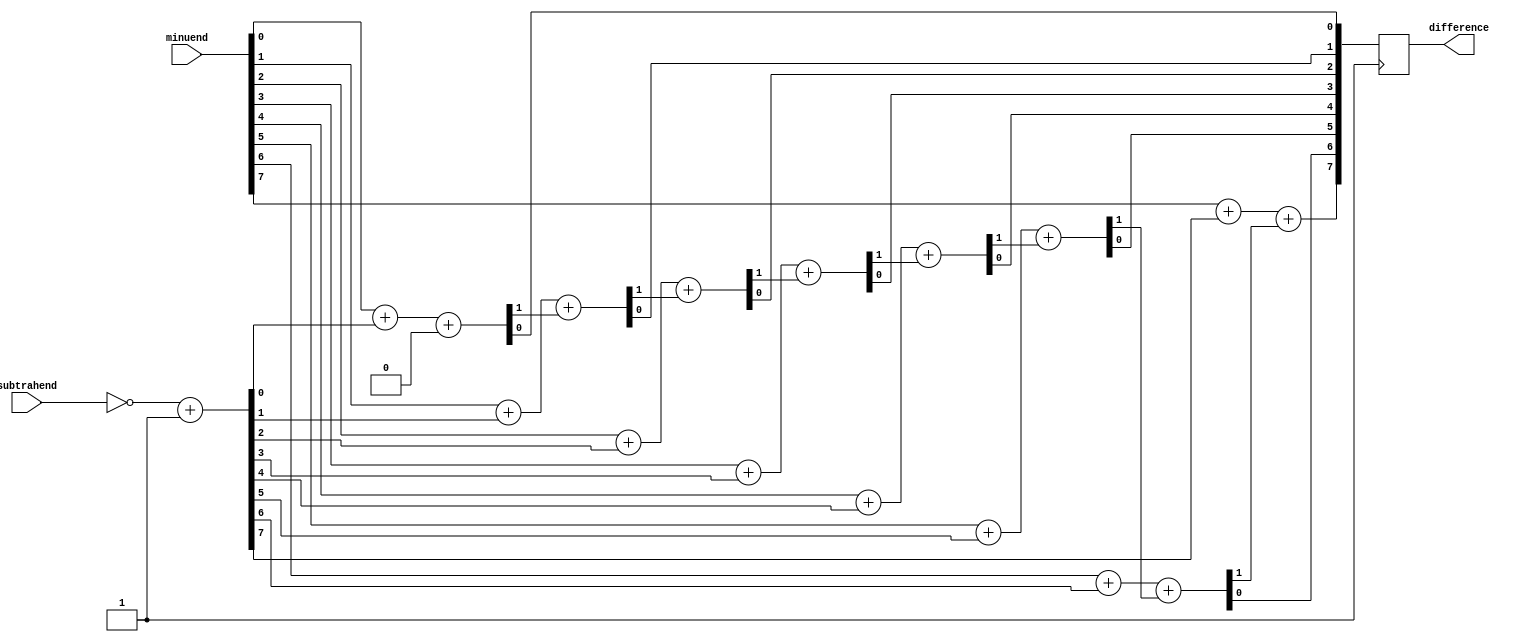
module subtractor (
    input [7:0] minuend,
    input [7:0] subtrahend,
    output reg [7:0] difference
);

reg [7:0] twos_complement_sub;
reg [7:0] carry;
reg [7:0] sum;

// Calculate two's complement of subtrahend
always @(*) begin
    twos_complement_sub = ~subtrahend + 8'b1;
end

// Ripple carry adder for subtraction
always @(posedge clk) begin
    carry[0] = 1'b0;
    {carry[1], sum[0]} = minuend[0] + twos_complement_sub[0] + carry[0];
    {carry[2], sum[1]} = minuend[1] + twos_complement_sub[1] + carry[1];
    {carry[3], sum[2]} = minuend[2] + twos_complement_sub[2] + carry[2];
    {carry[4], sum[3]} = minuend[3] + twos_complement_sub[3] + carry[3];
    {carry[5], sum[4]} = minuend[4] + twos_complement_sub[4] + carry[4];
    {carry[6], sum[5]} = minuend[5] + twos_complement_sub[5] + carry[5];
    {carry[7], sum[6]} = minuend[6] + twos_complement_sub[6] + carry[6];
    {carry[8], sum[7]} = minuend[7] + twos_complement_sub[7] + carry[7];
    difference = sum;
end

endmodule